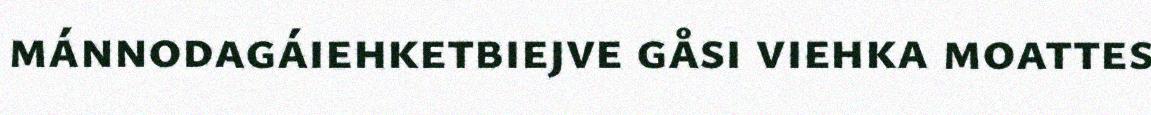
mánnodagáiehketbiejve gåsi viehka moattes